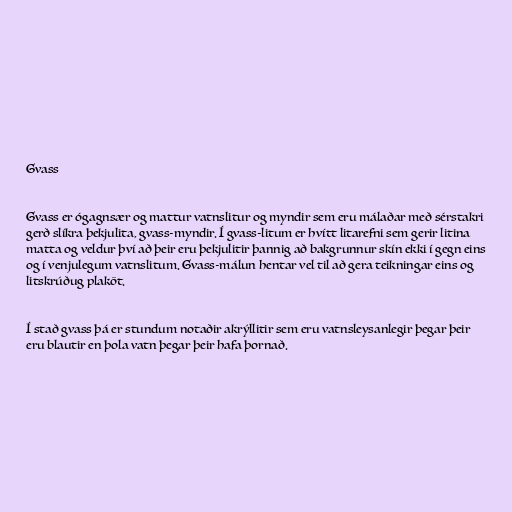
Gvass

Gvass er ógagnsær og mattur vatnslitur og myndir sem eru málaðar með sérstakri
gerð slíkra þekjulita, gvass-myndir. Í gvass-litum er hvítt litarefni sem gerir litina
matta og veldur því að þeir eru þekjulitir þannig að bakgrunnur skín ekki í gegn eins
og í venjulegum vatnslitum. Gvass-málun hentar vel til að gera teikningar eins og
litskrúðug plaköt.

Í stað gvass þá er stundum notaðir akrýllitir sem eru vatnsleysanlegir þegar þeir
eru blautir en þola vatn þegar þeir hafa þornað.